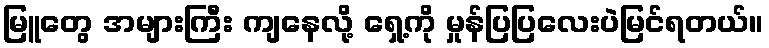
မြူတွေ အများကြီး ကျနေလို့ ရှေ့ကို မှုန်ပြပြလေးပဲမြင်ရတယ်။